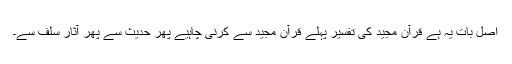
اصل بات یہ ہے قرآن مجید کی تفسیر پہلے قرآن مجید سے کرنی چاہیے پھر حدیث سے پھر آثارِ سلف سے۔